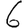
Digit: 6